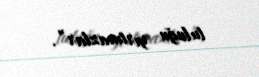
tuluğu yırtmazlar”.